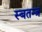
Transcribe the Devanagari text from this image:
स्बतन्त्र